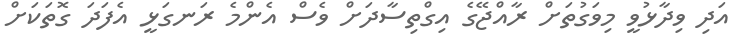
އަދި ވިދާޅުވީ މިވަގުތަށް ރާއްޖޭގެ އިގްތިސާދަށް ވެސް އެންމެ ރަނގަޅީ އެފަދަ ގޮތަކަށް